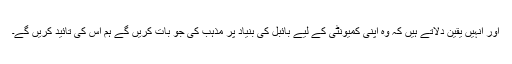
اور انہیں یقین دلاتے ہیں کہ وہ اپنی کمیونٹی کے لیے بائبل کی بنیاد پر مذہب کی جو بات کریں گے ہم اس کی تائید کریں گے۔